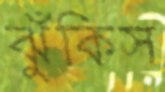
ঝুঁকিস